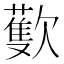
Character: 𣤨